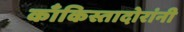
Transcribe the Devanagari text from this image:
काँकिस्तादोरांनी